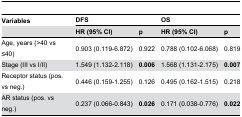
| Variables | <COLSPAN=2> DFS | <COLSPAN=2> OS |
 |  | HR (95% CI) | p | HR (95% CI) | p |
 | --- | --- | --- | --- | --- |
 | Age, years (>40 vs ≤40) | 0.903 (0.119-6.872) | 0.922 | 0.788 (0.102-6.068) | 0.819 |
 | Stage (III vs I/II) | 1.549 (1.132-2.118) | 0.006 | 1.568 (1.131-2.175) | 0.007 |
 | Receptor status (pos. vs neg.) | 0.446 (0.159-1.255) | 0.126 | 0.495 (0.162-1.515) | 0.218 |
 | AR status (pos. vs neg.) | 0.237 (0.066-0.843) | 0.026 | 0.171 (0.038-0.776) | 0.022 |